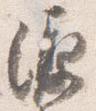
源